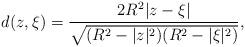
LaTeX: \begin{align*}d(z,\xi) = \frac{2R^2\vert z - \xi \vert}{\sqrt{(R^2-\vert z\vert^2)(R^2-\vert \xi\vert^2)}},\end{align*}